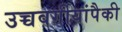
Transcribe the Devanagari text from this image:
उच्चवर्गीयांपैकी